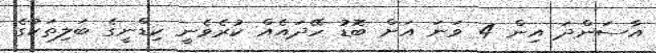
އާސަންދަ އިން 4 ވަނަ އަށް ބޮޑު ހޭދައެއް ކުރެވެނީ ކިޑްނީގެ ބަލިތަކުގެ